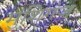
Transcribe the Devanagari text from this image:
मुंशिगंज